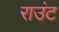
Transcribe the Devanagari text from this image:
राउंट